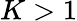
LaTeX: K>1